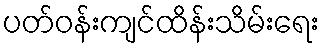
ပတ်ဝန်းကျင်ထိန်းသိမ်းရေး